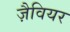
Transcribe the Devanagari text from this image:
ज़ैवियर